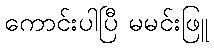
ကောင်းပါပြီ မမင်းဖြူ